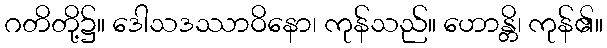
ဂတိတို့၌။ ဒေါသဒဿာဝိနော၊ ကုန်သည်။ ဟောန္တိ၊ ကုန်၏။